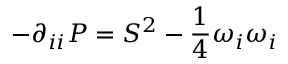
- \partial _ { i i } P = S ^ { 2 } - \frac { 1 } { 4 } \omega _ { i } \omega _ { i }